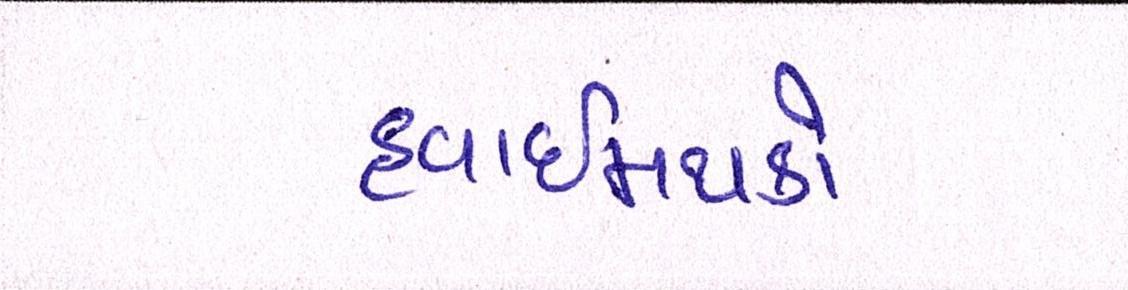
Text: હવાઈમથકો